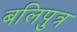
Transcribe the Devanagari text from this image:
बलिपुत्र